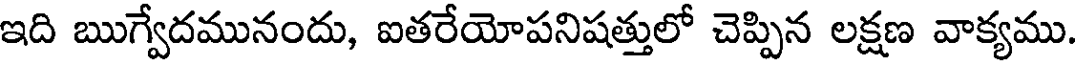
ఇది ఋగ్వేదమునందు, ఐతరేయోపనిషత్తులో చెప్పిన లక్షణ వాక్యము.